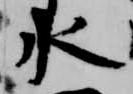
水